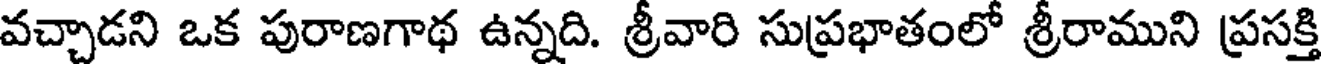
వచ్చాడని ఒక పురాణగాథ ఉన్నది. శ్రీవారి సుప్రభాతంలో శ్రీరాముని ప్రసక్తి